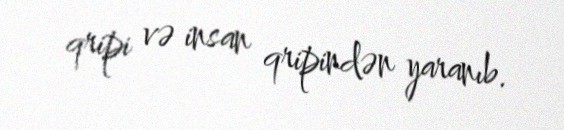
qripi və insan qripindən yaranıb.